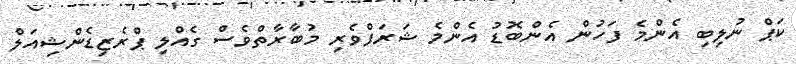
ކަޕް ނުލިބި އެންމެ ފަހުން އެންބޮޑު އެންމެ ޝަރަފްވެރި މުބާރާތްވެސް ގެއްލި ޕްރެޒިޑެންޝިއަލް